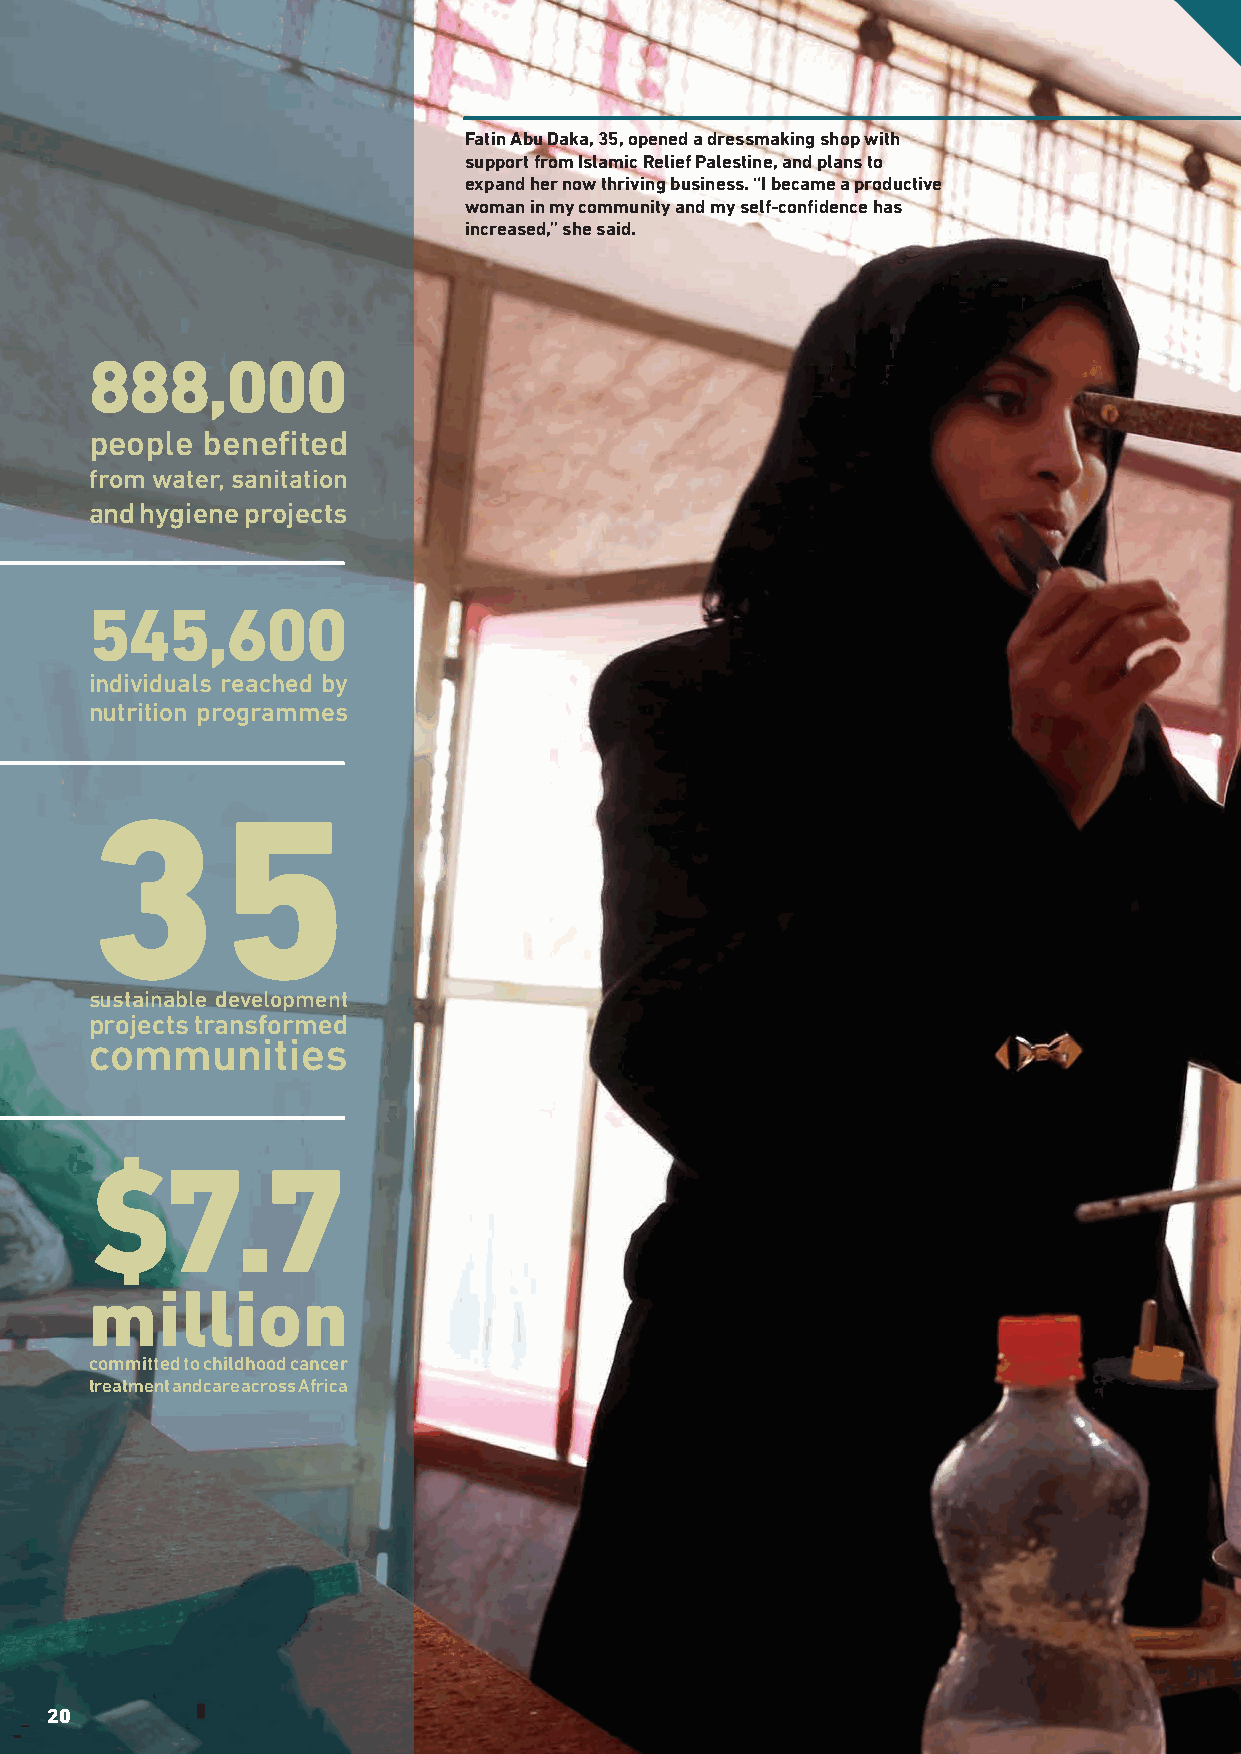
Fatin Abu Daka, 35, opened a dressmaking shop with
 support from Islamic Relief Palestine, and plans to
 expand her now thriving business. “I became a productive
 woman in my community and my self-confi dence has
 increased,” she said.
 888,     000
 people benefi ted
 from water, sanitation
 and hygiene projects
 545,     600
 individuals reached by
 nutrition programmes
 35
 sustainable development
 projects transformed
 communities
 $7.7
 million
 committed to childhood cancer
 treatment and care across Africa
 20